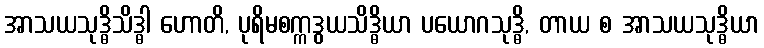
အာသယသုဒ္ဓိသိဒ္ဓါ ဟောတိ, ပုရိမစက္ကဒွယသိဒ္ဓိယာ ပယောဂသုဒ္ဓိ, တာယ စ အာသယသုဒ္ဓိယာ